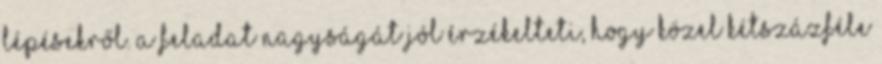
lépésekről. A feladat nagyságát jól érzékelteti, hogy közel kétszázféle